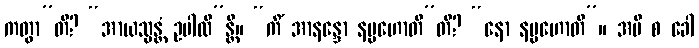
ကတွာ”တိ? “အာယသ္မန္တံ ဥပါလိ”န္တိ။ “ကိံ အာနန္ဒော နပ္ပဟောတီ”တိ? “နော နပ္ပဟောတိ”။ အပိ စ ခေါ